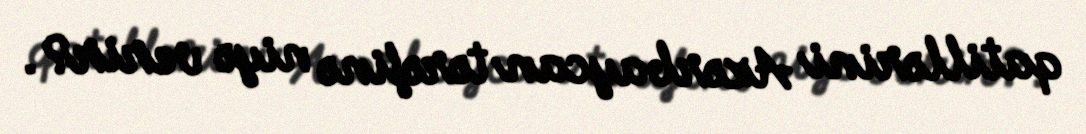
qatillərini Azərbaycan tərəfinə niyə verir?.